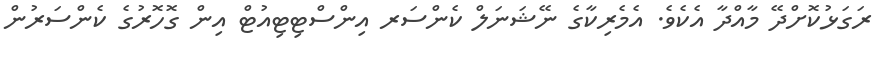
ރަގަޅުކޮށްދޭ މާއްދާ އެކެވެ. އެމެރިކާގެ ނޭޝަނަލް ކެންސަރ އިންސްޓިޓިއުޓް އިން ގޮހޮރުގެ ކެންސަރުން